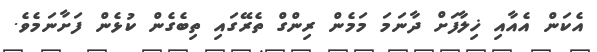
އެކަން އެއާއި ޚިލާފަށް ދާނަމަ މަމެން ރިންގް ތެރޭގައި ތިބެގެން ކުޅެން ފަށާނަމެވެ.